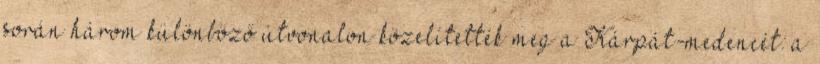
során három különböző útvonalon közelítették meg a Kárpát-medencét: a